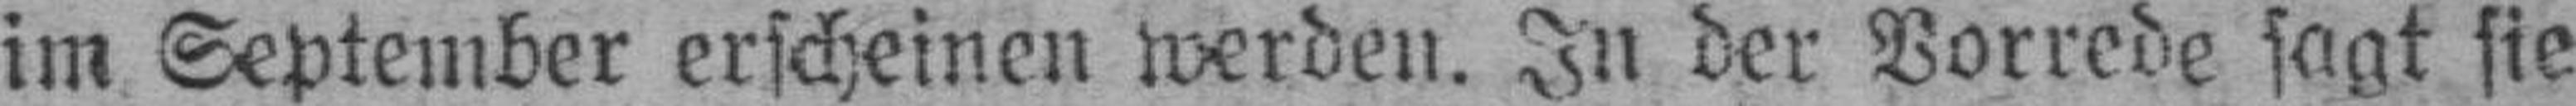
im September erscheinen werden. In der Vorrede sagt sie